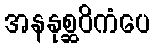
အနနုစ္ဆဝိကံပေ